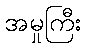
အမှုကြီး